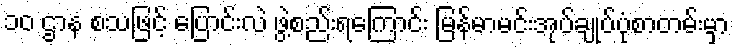
၁၀ ဌာန စသဖြင့် ပြောင်းလဲ ဖွဲ့စည်းရကြောင်း မြန်မာမင်းအုပ်ချုပ်ပုံစာတမ်းမှာ